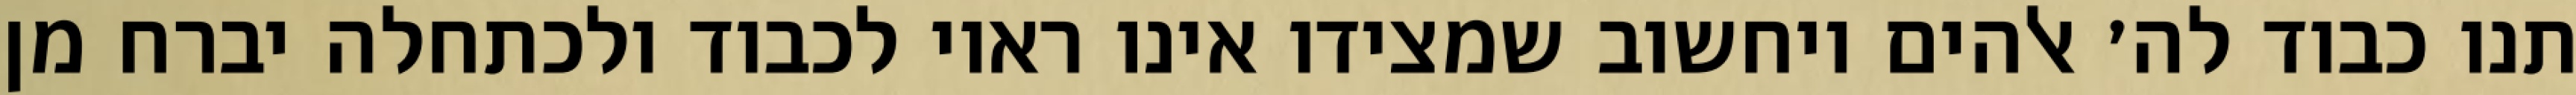
תנו כבוד לה׳ אלהים ויחשוב שמצידו אינו ראוי לכבוד ולכתחלה יברח מן